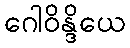
ဂေါဝိန္ဒိယေ